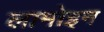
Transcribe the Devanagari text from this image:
लामोइन